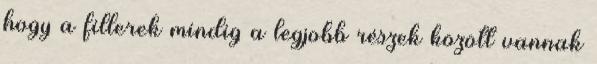
hogy a fillerek mindig a legjobb részek között vannak